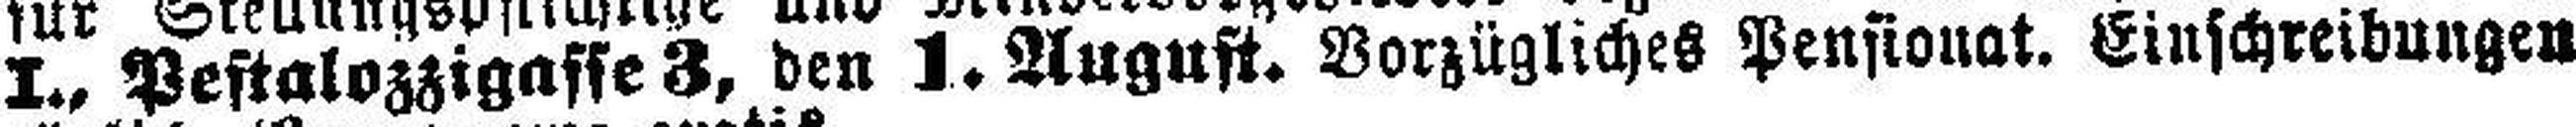
I., Pestalozzigaffe 3, den 1. August. Vorzügliches Pensionat. Einschreibungen